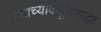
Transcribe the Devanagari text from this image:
त्याच्याकडूनसुद्धा